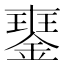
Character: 䥅